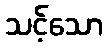
သင့်သော